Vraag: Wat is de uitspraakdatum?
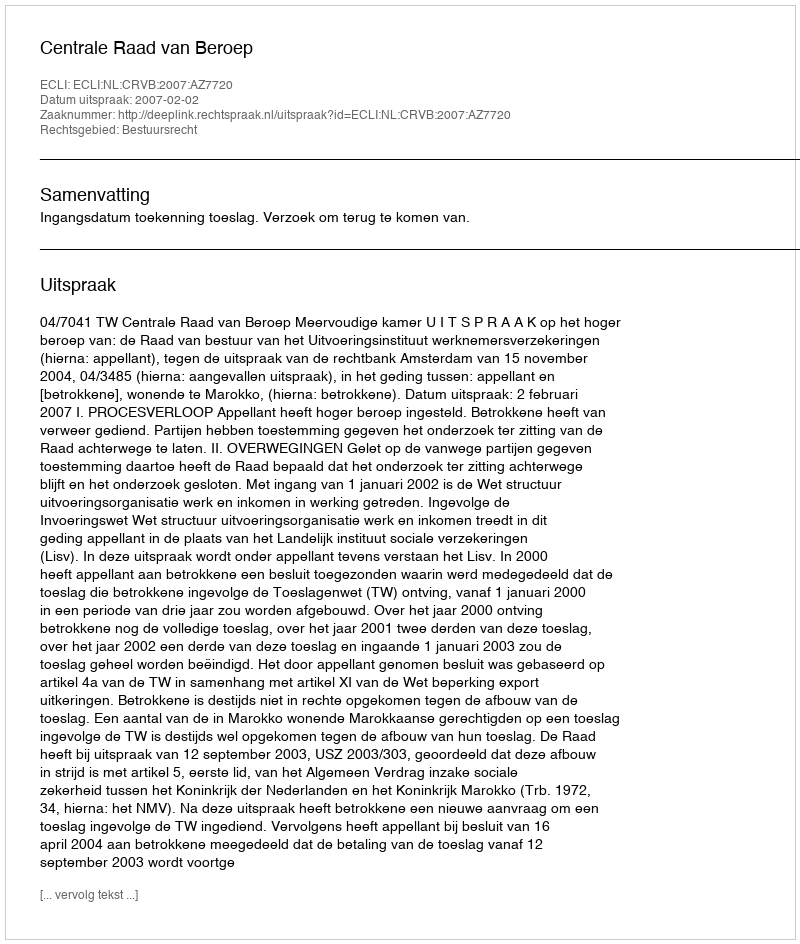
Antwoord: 2007-02-02